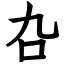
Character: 叴